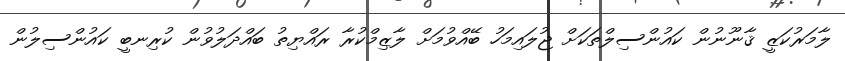
ލާމަރުކަޒީ ޤާނޫނުން ކައުންސިލްތަކަށް ޖުލައިމަހު ބޭއްވުމަށް ލާޒިމްކުރާ ރައްޔިތު ބައްދަލުވުން ކުރިނބީ ކައުންސިލުން